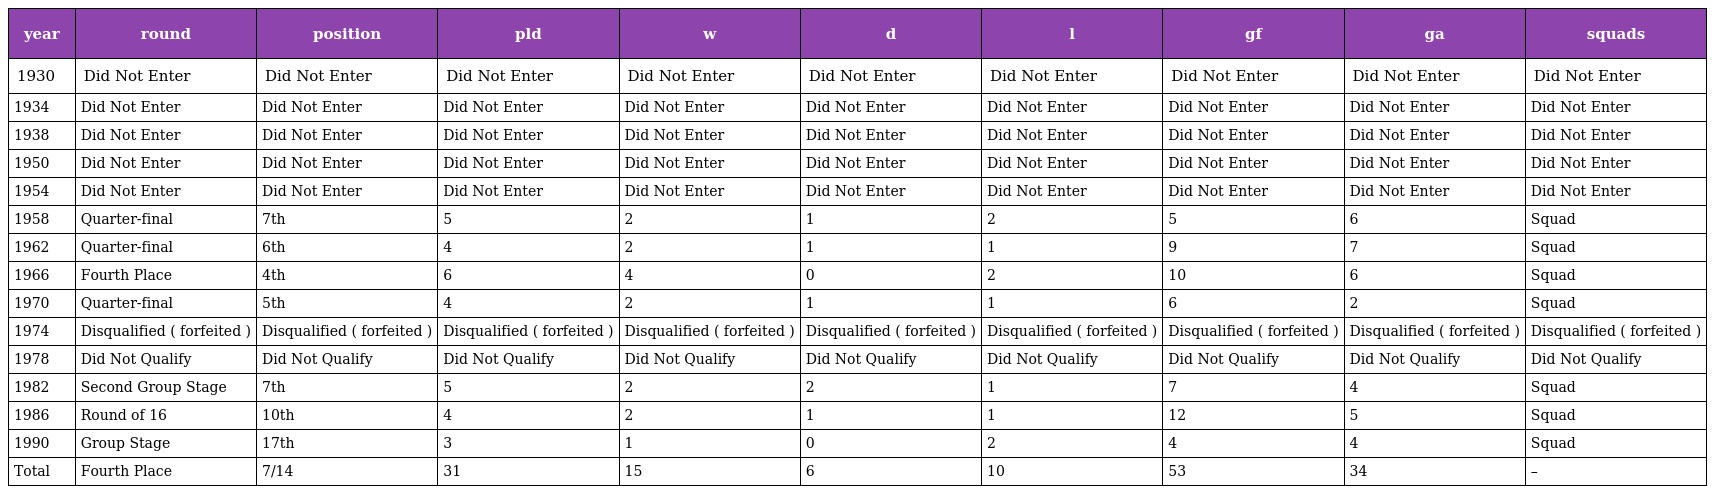
| year | round | position | pld | w | d | l | gf | ga | squads |
 | --- | --- | --- | --- | --- | --- | --- | --- | --- | --- |
 | 1930 | Did Not Enter | Did Not Enter | Did Not Enter | Did Not Enter | Did Not Enter | Did Not Enter | Did Not Enter | Did Not Enter | Did Not Enter |
 | 1934 | Did Not Enter | Did Not Enter | Did Not Enter | Did Not Enter | Did Not Enter | Did Not Enter | Did Not Enter | Did Not Enter | Did Not Enter |
 | 1938 | Did Not Enter | Did Not Enter | Did Not Enter | Did Not Enter | Did Not Enter | Did Not Enter | Did Not Enter | Did Not Enter | Did Not Enter |
 | 1950 | Did Not Enter | Did Not Enter | Did Not Enter | Did Not Enter | Did Not Enter | Did Not Enter | Did Not Enter | Did Not Enter | Did Not Enter |
 | 1954 | Did Not Enter | Did Not Enter | Did Not Enter | Did Not Enter | Did Not Enter | Did Not Enter | Did Not Enter | Did Not Enter | Did Not Enter |
 | 1958 | Quarter-final | 7th | 5 | 2 | 1 | 2 | 5 | 6 | Squad |
 | 1962 | Quarter-final | 6th | 4 | 2 | 1 | 1 | 9 | 7 | Squad |
 | 1966 | Fourth Place | 4th | 6 | 4 | 0 | 2 | 10 | 6 | Squad |
 | 1970 | Quarter-final | 5th | 4 | 2 | 1 | 1 | 6 | 2 | Squad |
 | 1974 | Disqualified ( forfeited ) | Disqualified ( forfeited ) | Disqualified ( forfeited ) | Disqualified ( forfeited ) | Disqualified ( forfeited ) | Disqualified ( forfeited ) | Disqualified ( forfeited ) | Disqualified ( forfeited ) | Disqualified ( forfeited ) |
 | 1978 | Did Not Qualify | Did Not Qualify | Did Not Qualify | Did Not Qualify | Did Not Qualify | Did Not Qualify | Did Not Qualify | Did Not Qualify | Did Not Qualify |
 | 1982 | Second Group Stage | 7th | 5 | 2 | 2 | 1 | 7 | 4 | Squad |
 | 1986 | Round of 16 | 10th | 4 | 2 | 1 | 1 | 12 | 5 | Squad |
 | 1990 | Group Stage | 17th | 3 | 1 | 0 | 2 | 4 | 4 | Squad |
 | Total | Fourth Place | 7/14 | 31 | 15 | 6 | 10 | 53 | 34 | – |